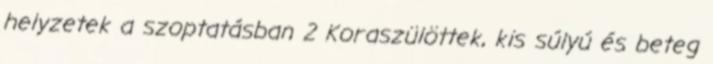
helyzetek a szoptatásban 2 Koraszülöttek, kis súlyú és beteg